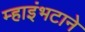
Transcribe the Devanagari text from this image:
म्हाइंभटाने